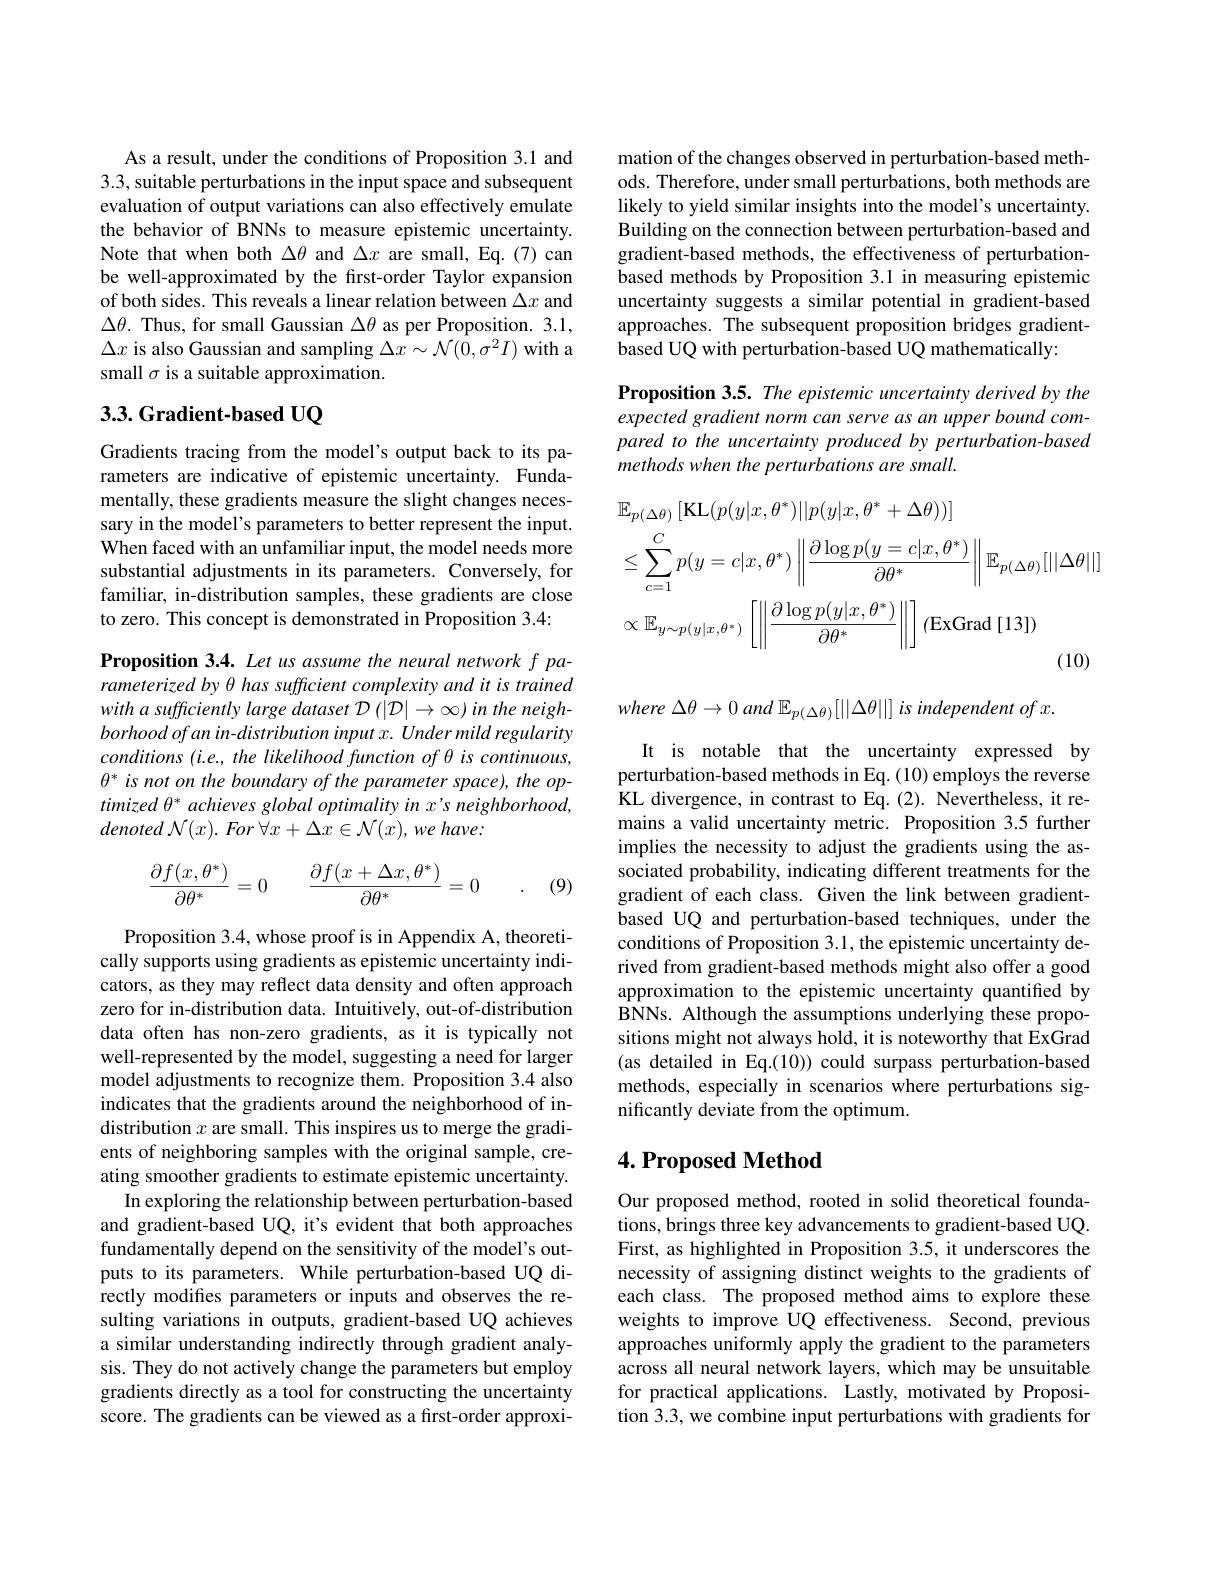
As a result, under the conditions of Proposition 3.1 and 3.3, suitable perturbations in the input space and subsequent evaluation of output variations can also effectively emulate the behavior of BNNs to measure epistemic uncertainty. Note that when both $\Delta\theta$ and $\Delta x$ are small, Eq.(7)can be well-approximated by the first-order Taylor expansion of both sides. This reveals a linear relation between $\Delta x$ and $\Delta\theta.$ Thus, for small Gaussian $\Delta\theta$ as per Proposition. 3.1, $\Delta x$ is also Gaussian and sampling $\Delta x\sim\mathcal{N}(0,\sigma^2I)$ with a small $\sigma$ is a suitable approximation.

## 3.3.Gradient-based UQ

Gradients tracing from the model's output back to its parameters are indicative of epistemic uncertainty. Fundamentally, these gradients measure the slight changes necessary in the model's parameters to better represent the input. When faced with an unfamiliar input, the model needs more substantial adjustments in its parameters. Conversely, for familiar, in-distribution samples, these gradients are close to zero. This concept is demonstrated in Proposition 3.4:

Proposition 3.4. Let us assume the neural network f parameterized by $\theta$ has sufficient complexity and it is trained with a sufficiently large dataset D (|D|→∞) in the neigh- $borhoodofanin-distributioninputx.Undermildregularity$ conditions (i.e., the likelihood function of $\theta$ is continuous, $\theta^*$ is not on the boundary of the parameter space), the optimized $\theta^*$ achieves global optimality in x's neighborhood, denoted $\mathcal{N} ( x) .$ For $\forall x+ \Delta x\in \mathcal{N} ( x) $, $we$ $have:$
$$\frac{\partial f(x,\theta^*)}{\partial\theta^*}=0\quad\frac{\partial f(x+\Delta x,\theta^*)}{\partial\theta^*}=0\quad.$$
(9)

Proposition 3.4, whose proof is in Appendix A, theoretically supports using gradients as epistemic uncertainty indicators, as they may reflect data density and often approach zero for in-distribution data. Intuitively, out-of-distribution data often has non-zero gradients, as it is typically not well-represented by the model, suggesting a need for larger model adjustments to recognize them. Proposition 3.4 also indicates that the gradients around the neighborhood of indistribution $x$ are small. This inspires us to merge the gradients of neighboring samples with the original sample, creating smoother gradients to estimate epistemic uncertainty.
In exploring the relationship between perturbation-based and gradient-based UQ, it's evident that both approaches fundamentally depend on the sensitivity of the model's outputs to its parameters. While perturbation-based UQ directly modifies parameters or inputs and observes the resulting variations in outputs, gradient-based UQ achieves a similar understanding indirectly through gradient analysis. They do not actively change the parameters but employ gradients directly as a tool for constructing the uncertainty score. The gradients can be viewed as a first-order approxi-

mation of the changes observed in perturbation-based methods. Therefore, under small perturbations, both methods are likely to yield similar insights into the model's uncertainty. Building on the connection between perturbation-based and gradient-based methods, the effectiveness of perturbationbased methods by Proposition 3.1 in measuring epistemic uncertainty suggests a similar potential in gradient-based approaches. The subsequent proposition bridges gradientbased UQ with perturbation-based UQ mathematically:

Proposition 3.5. The epistemic uncertainty derived by the expected gradient norm can serve as an upper bound compared to the uncertainty produced by perturbation-based methods when the perturbations are small.
$$\begin{aligned}&\mathbb{E}_{p(\Delta\theta)}\left[\mathrm{KL}(p(y|x,\theta^{*})||p(y|x,\theta^{*}+\Delta\theta))\right]\\&\leq\sum_{c=1}^{C}p(y=c|x,\theta^{*})\left\|\frac{\partial\log p(y=c|x,\theta^{*})}{\partial\theta^{*}}\right\|\mathbb{E}_{p(\Delta\theta)}[||\Delta\theta||]\\&\propto\mathbb{E}_{y\sim p(y|x,\theta^{*})}\left[\left\|\frac{\partial\log p(y|x,\theta^{*})}{\partial\theta^{*}}\right\|\right]\text{(ExGrad [13])}\end{aligned}$$
where $\Delta \theta \to 0$ and $\mathbb{E} _{p( \Delta \theta ) }[ | | \Delta \theta | | ]$ $is$ independent $of$ $x.$

It is notable that the uncertainty expressed by

perturbation-based methods in Eq. (10) employs the reverse KL divergence, in contrast to Eq.(2). Nevertheless, it remains a valid uncertainty metric. Proposition 3.5 further implies the necessity to adjust the gradients using the associated probability, indicating different treatments for the gradient of each class. Given the link between gradientbased UQ and perturbation-based techniques, under the conditions of Proposition 3.1, the epistemic uncertainty derived from gradient-based methods might also offer a good approximation to the epistemic uncertainty quantified by BNNs. Although the assumptions underlying these propositions might not always hold, it is noteworthy that ExGrad (as detailed in Eq.(10)) could surpass perturbation-based methods, especially in scenarios where perturbations significantly deviate from the optimum.

## $4. \textbf{Proposed Method}$

Our proposed method, rooted in solid theoretical foundations, brings three key advancements to gradient-based UQ. First, as highlighted in Proposition 3.5, it underscores the necessity of assigning distinct weights to the gradients of each class. The proposed method aims to explore these weights to improve UQ effectiveness. Second, previous approaches uniformly apply the gradient to the parameters across all neural network layers, which may be unsuitable for practical applications. Lastly, motivated by Proposition 3.3, we combine input perturbations with gradients for